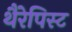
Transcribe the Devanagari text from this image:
थैरेपिस्ट